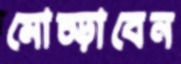
মোচ্‌ড়াবেন